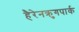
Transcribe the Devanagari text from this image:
हैरेनक्रुगपार्क